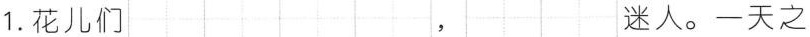
1.花儿们 ， 迷人。一天之